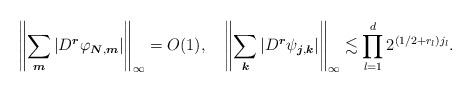
LaTeX: \begin{align*}\left\|\sum_{\boldsymbol{m}}|D^{\boldsymbol{r}}\varphi_{\boldsymbol{N},\boldsymbol{m}}|\right\|_\infty=O(1),\quad\left\|\sum_{\boldsymbol{k}}|D^{\boldsymbol{r}}\psi_{\boldsymbol{j},\boldsymbol{k}}|\right\|_\infty\lesssim\prod_{l=1}^d2^{(1/2+r_l)j_l}.\end{align*}